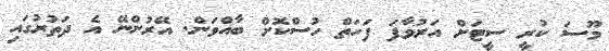
މޫސަ ކުރީ ސީޓަށް އަރުވާފަ ފަހަތް ހުސްކޮށް ބާއްވަން. އޭރުންނޭ އެ ދަތުރުގައި